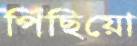
পিছিয়ো